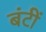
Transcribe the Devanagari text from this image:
बंटीं